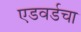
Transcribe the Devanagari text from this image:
एडवर्डचा